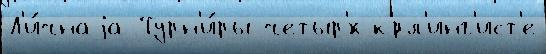
Л'и́чнаjа Турн'и́ры четыр'́х к'́рл'инг'ист'е